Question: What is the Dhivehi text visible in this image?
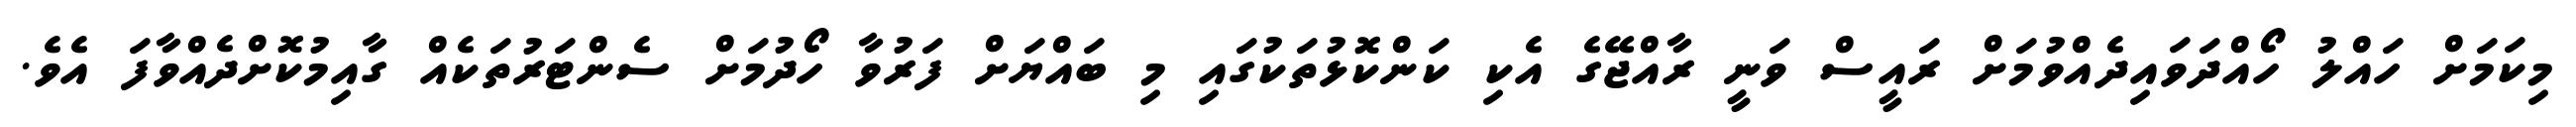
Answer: މިކަމަށް ހައްލު ހޯއްދަވައިދެއްވުމަށް ރައީސް ވަނީ ރާއްޖޭގެ އެކި ކަންކޮޅުތަކުގައި މި ބައްޔަށް ފަރުވާ ހޯދުމަށް ސެންޓަރުތަކެއް ގާއިމުކޮށްދެއްވާފަ އެވެ.